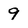
Character: 9